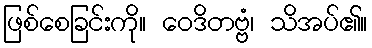
ဖြစ်စေခြင်းကို။ ဝေဒိတဗ္ဗံ၊ သိအပ်၏။